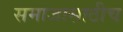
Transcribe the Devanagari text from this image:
समाजासाठीच